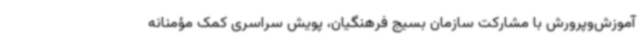
آموزش‌وپرورش با مشارکت سازمان بسیج فرهنگیان، پویش سراسری کمک مؤمنانه